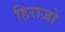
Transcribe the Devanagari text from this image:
हिराजो